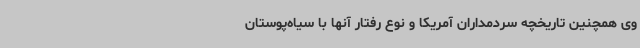
وی همچنین تاریخچه سردمداران آمریکا و نوع رفتار آنها با سیاه‌پوستان